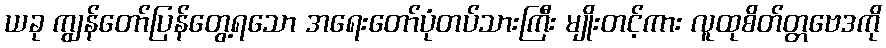
ယခု ကျွန်တော်ပြန်တွေ့ရသော အရေးတော်ပုံတပ်သားကြီး မျိုးတင့်ကား လူထုစိတ်တ္တဗေဒကို